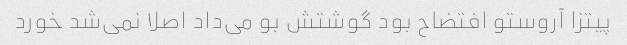
پیتزا آروستو افتضاح بود گوشتش بو می‌داد اصلا نمی‌شد خورد